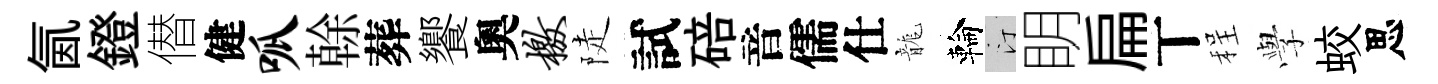
氤鐙僣健呱𠏉葬饗奧檄陡試碚音儒仕龍輪汀眀扁丅程𫝯蛟思